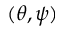
( \theta , \psi )